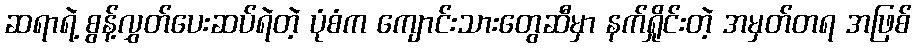
ဆရာရဲ့ စွန့်လွှတ်ပေးဆပ်ရဲတဲ့ ပုံစံက ကျောင်းသားတွေဆီမှာ နက်ရှိုင်းတဲ့ အမှတ်တရ အဖြစ်